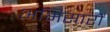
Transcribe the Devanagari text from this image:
अभिसारों